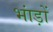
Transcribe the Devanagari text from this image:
भांड़ों